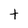
Character: t